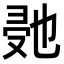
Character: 𭆰